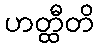
ဟတ္ထီတိ